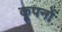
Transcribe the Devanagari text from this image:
कूपनों